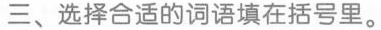
三、选择合适的词语填在括号里。